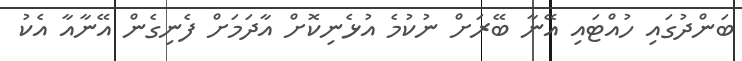
ބަންދުގައި ހުއްޓައި އޭނާ ބޭރަށް ނުކުމެ އުޅެނިކޮށް އާދަމަށް ފެނިގެން އޭނާއާ އެކު